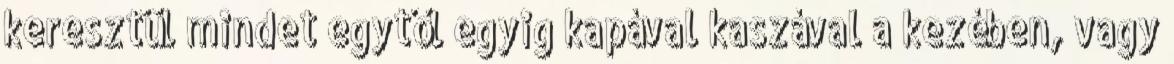
keresztül mindet egytől egyig kapával kaszával a kezében, vagy